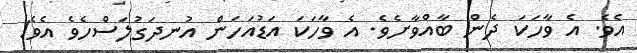
އެވެ. އެ ވާހަކަ ދެން ބާއްވާށެވެ. އެ ވާހަކަ އަޑުއަހަން އުނދަގުލަސްހެވެ އެވެ!